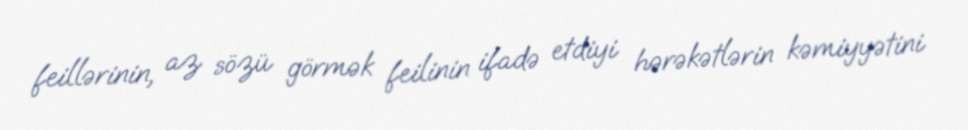
feillərinin, az sözü görmək feilinin ifadə etdiyi hərəkətlərin kəmiyyətini